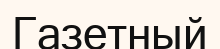
Газетный